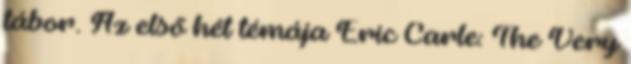
tábor. Az első hét témája Eric Carle: The Very